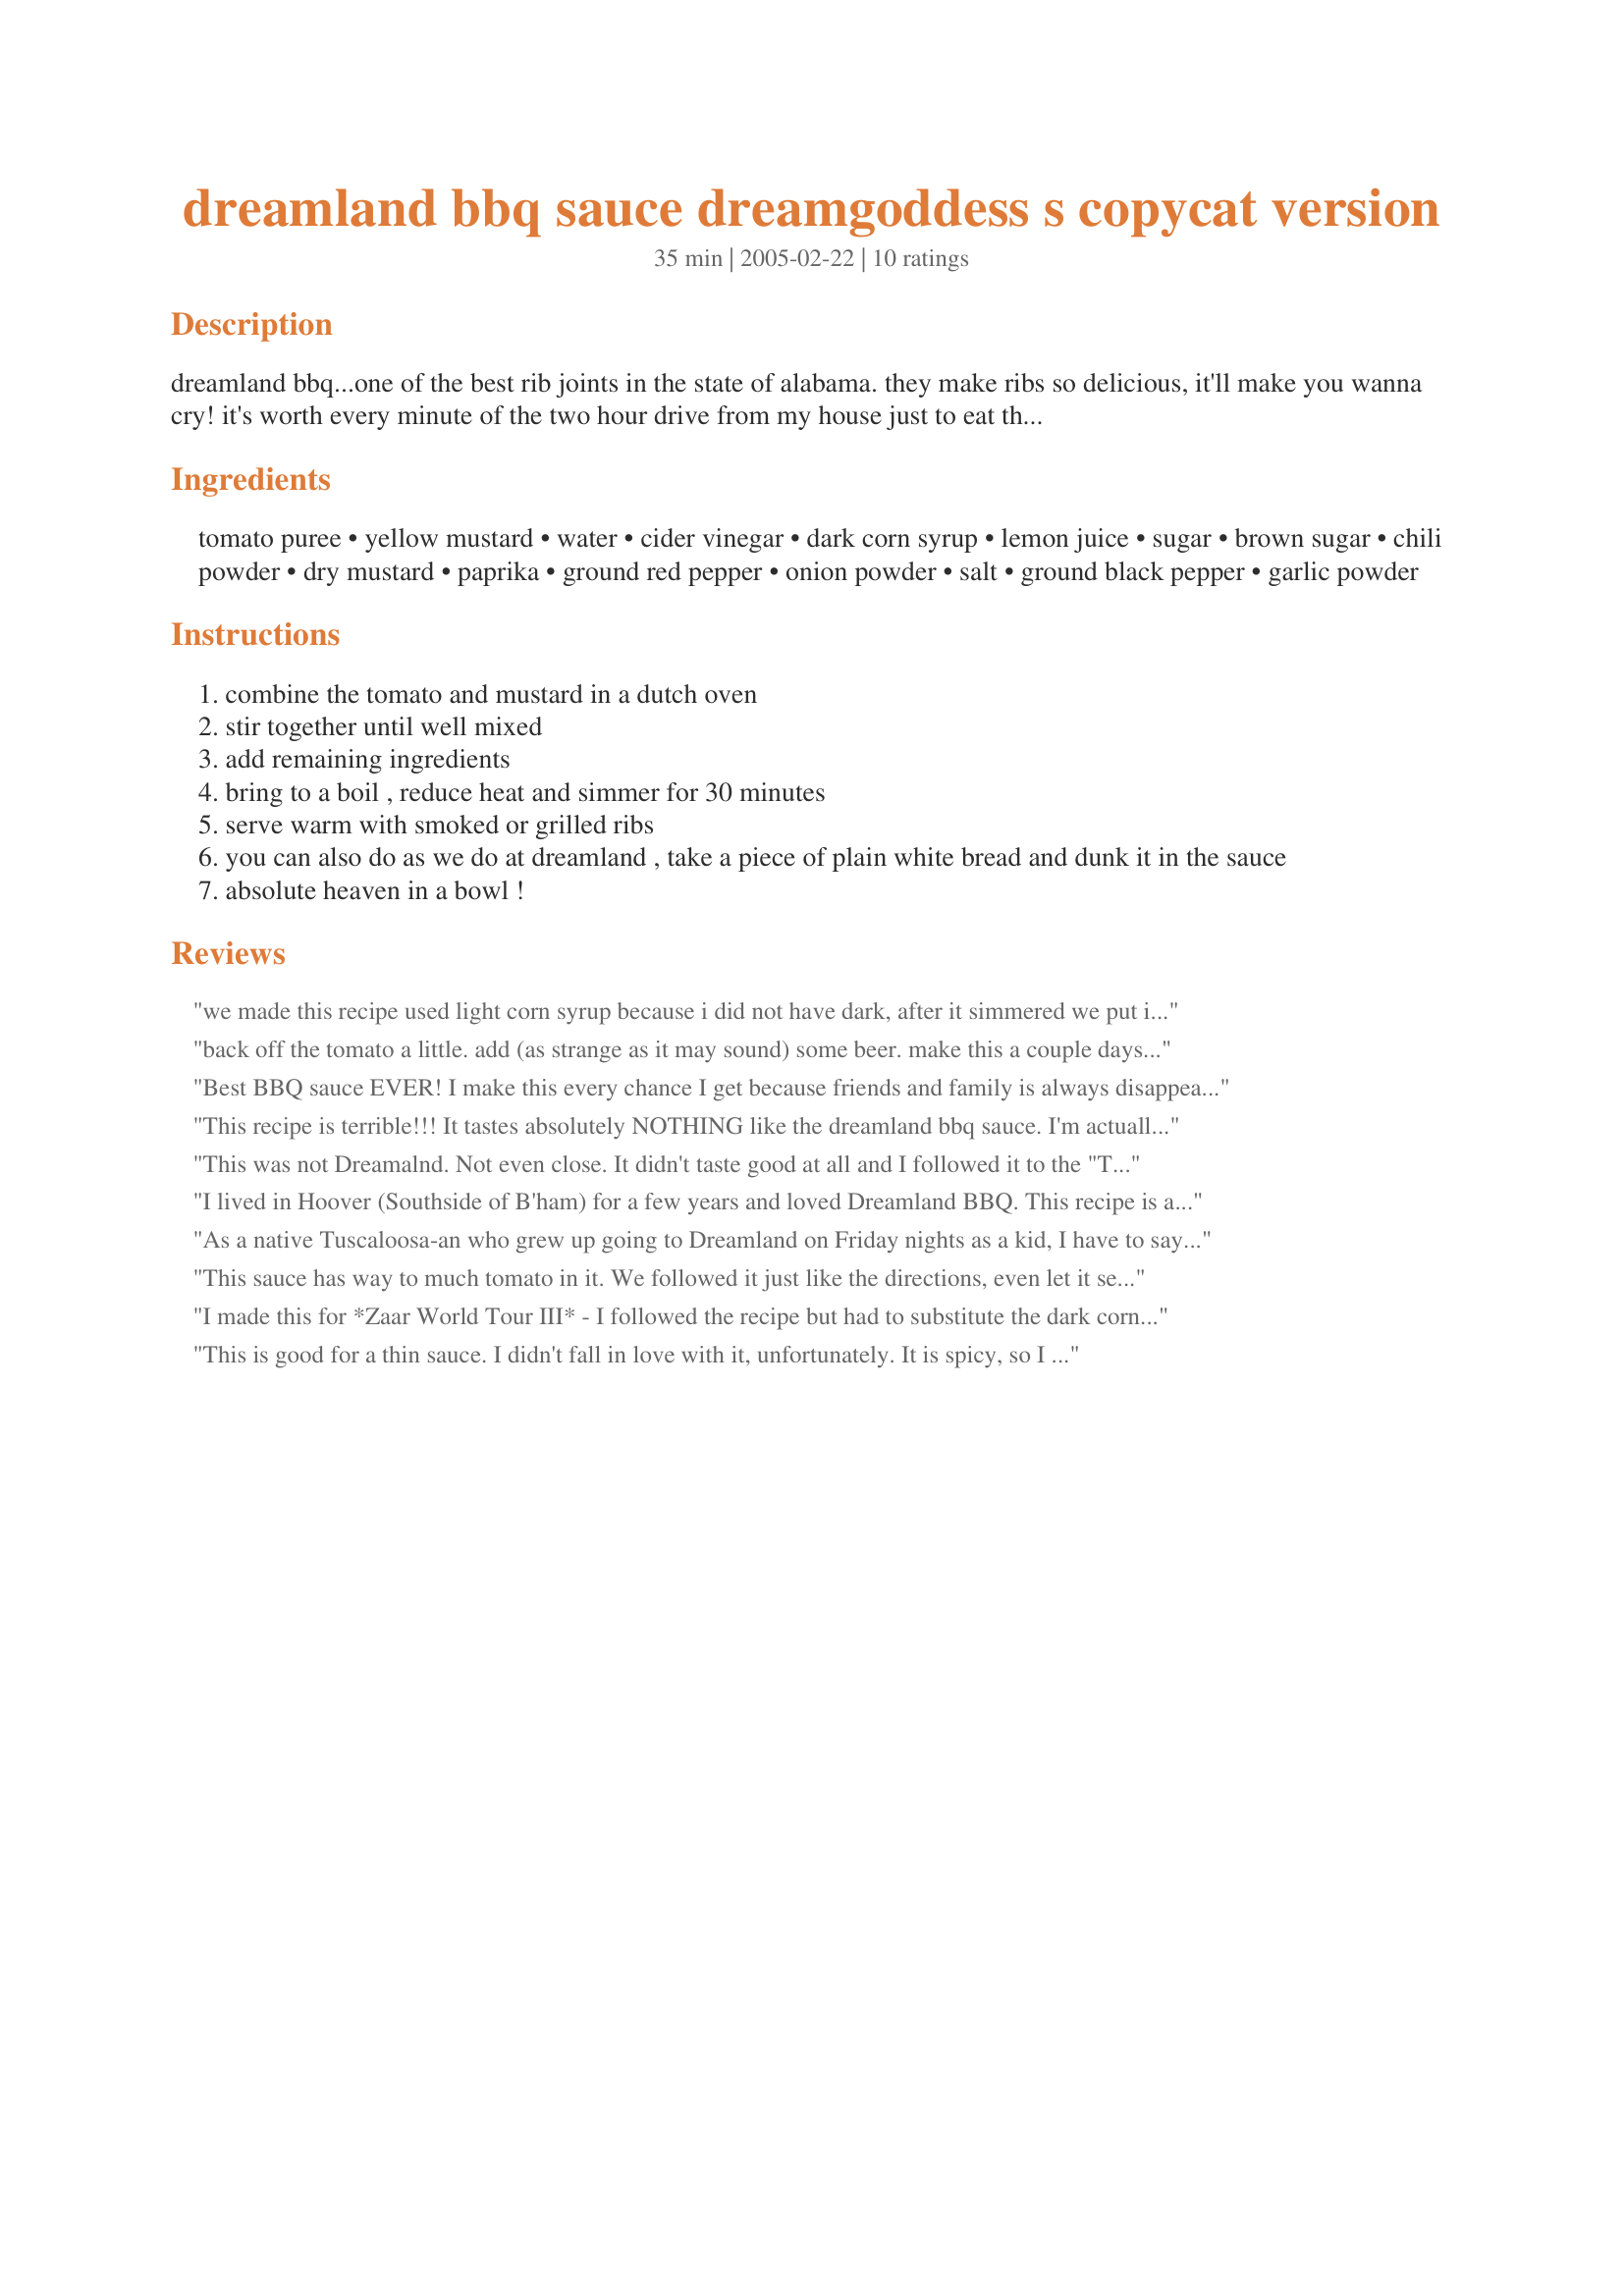
dreamland bbq sauce dreamgoddess s copycat version
Preparation time: 35 minutes

dreamland bbq...one of the best rib joints in the state of alabama. they make ribs so delicious, it'll make you wanna cry! it's worth every minute of the two hour drive from my house just to eat their ribs, not to mention the plate of sunbeam bread and bowl of barbecue sauce (for dipping the bread in, of course!) that's brought to the table when you first arrive. i found a copycat recipe (which was an excellent recipe, by the way)for their famous sauce on another website, but i thought it needed just a bit of tweaking. i think dreamland's sauce has more of a vinegar taste to it and it is definitely hotter than the copycat recipe. this is my version of the copycat recipe that i've tweaked a bit to taste more (in my humble opinion) like dreamland's original sauce. this recipe makes a very thin bbq sauce.

Ingredients:
tomato puree, yellow mustard, water, cider vinegar, dark corn syrup, lemon juice, sugar, brown sugar, chili powder, dry mustard, paprika, ground red pepper, onion powder, salt, ground black pepper, garlic powder

Steps:
combine the tomato and mustard in a dutch oven
stir together until well mixed
add remaining ingredients
bring to a boil , reduce heat and simmer for 30 minutes
serve warm with smoked or grilled ribs
you can also do as we do at dreamland , take a piece of plain white bread and dunk it in the sauce
absolute heaven in a bowl !

Reviews:
we made this recipe used light corn syrup because i did not have dark, after it simmered we put it on the smoker to keep warm, the smoke taste made it perfect! I am from tuscaloosa and this is the closest recipe we have been able to find that even comes near to dreamland
back off the tomato a little. add (as strange as it may sound) some beer. make this a couple days in advance.....awesome!!!
Best BBQ sauce EVER! I make this every chance I get because friends and family is always disappearing with Mason Jars of the stuff! Thanks So Much!
This recipe is terrible!!! It tastes absolutely NOTHING like the dreamland bbq sauce. I'm actually not blaming dreamgoddess, because there are a bunch of very similar recipes online...but holy goodness....way off. To be honest...not only does it not taste like dreamland sauce...it just tastes bad.
This was not Dreamalnd. Not even close. It didn't taste good at all and I followed it to the "T". Very disappointed.
I lived in Hoover (Southside of B'ham) for a few years and loved Dreamland BBQ. This recipe is absolutely the closest thing to being there! I love this sauce and it has made me a hit here in Virginia at the backyard BBQ's we host and attend. Thanks for sharing this one.
As a native Tuscaloosa-an who grew up going to Dreamland on Friday nights as a kid, I have to say this is pretty close to the recipe. I have been here in FL for 10 years and was thinking about Dreamland sauce the other night and found this recipe. Good job Dreamgoddess!! And yes fresh white bread is a must. Just need the No Farting sign above my door lolz.
This sauce has way to much tomato in it. We followed it just like the directions, even let it set for two days in the fridge and the tomato taste was still over powering. This sauce is a little pricey to make cause of the spices, but we finally saved it by adding a few adjustments. Good try though!
I made this for *Zaar World Tour III* - I followed the recipe but had to substitute the dark corn syrup to honey because I couldn't find it in our region, the guys had this on there steaks tonight and I had mine on my chicken. We all really enjoyed it. Thank you Dreamgoddess (aka Naughty But Nice Gang Captian)
This is good for a thin sauce. I didn't fall in love with it, unfortunately. It is spicy, so I made chicken wings with it. It is too thin, in my opinion, for ribs. Don't get me wrong, it is good, I just didn't find it to die for.
